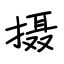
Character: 摄